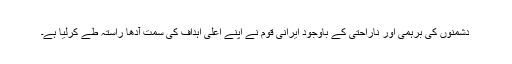
دشمنوں کی برہمی اور ناراحتی کے باوجود ایرانی قوم نے اپنے اعلی اہداف کی سمت آدھا راستہ طے کرلیا ہے۔